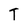
Character: T